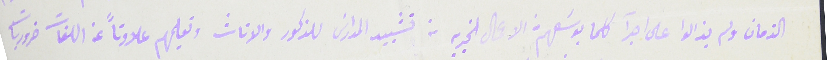
الزمان ولم يزالوا على اجرآ  كلما بوسَعهم من الاعمال الخيريه من تشييد المدارسَ للذكور والاناث وتعليمهم علاوناً عن اللغات ضروريات